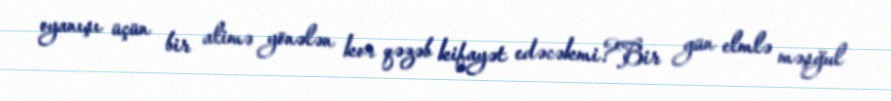
oyanışı üçün bir alimə yönələn kor qəzəb kifayət edəcəkmi?Bir gün elmlə məşğul